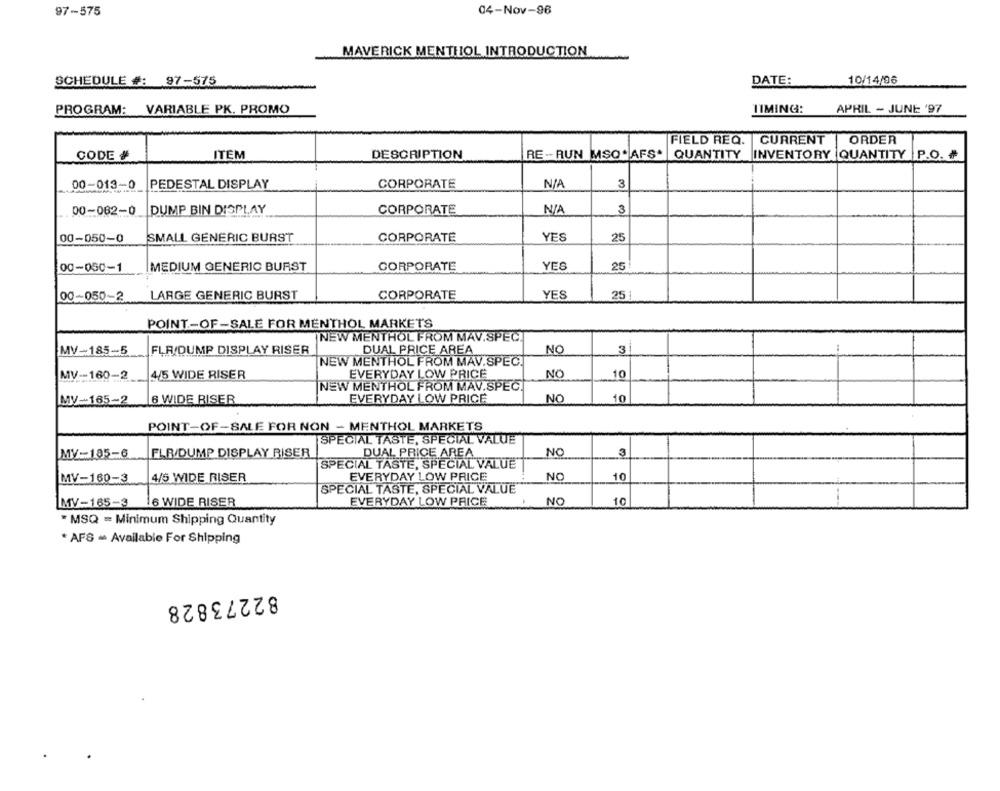
97-575
04-Nov-96
MAVERICK MENTHOL INTRODUCTION
10/14/96
SCHEDULE #: 97-575
DATE:
PROGRAM:
VARIABLE PK. PROMO
TIMING:
APRIL - JUNE '97
FIELD REQ. CURRENT
ORDER
CODE #
ITEM
DESCRIPTION
RE -RUN MSO * AFS*
QUANTITY
INVENTORY QUANTITY
P.O. #
3
00-013-0
PEDESTAL DISPLAY
CORPORATE
00-062-0
DUMP BIN DISPLAY
CORPORATE
3
SMALL GENERIC BURST
YES
25
00-050-0
CORPORATE
00-050-1
MEDIUM GENERIC BURST
CORPORATE
YES
25
00-050-2
LARGE GENERIC BURST
CORPORATE
YES
251
POINT-OF-SALE FOR MENTHOL MARKETS
NEW MENTHOL FROM MAV.SPEC!
FLA DUMP DISPLAY RISER
NO
3
MV-185-5
DUAL PRICE AREA
NEW MENTHOL FROM MAV.SPEC.
NO
MV -- 160-2
4/5 WIDE RISER
EVERYDAY LOW PRICE
10
NEW MENTHOL FROM MAV.SPEC!
MV-165-2
6 WIDE RISER
EVERYDAY LOW PRICE
NO
10
POINT-OF-SALE FOR NON - MENTHOL MARKETS
SPECIAL TASTE, SPECIAL VALUE
DUAL PRICE AREA
NO
3
MY-185-6
FLR/DUMP DISPLAY RISER
SPECIAL TASTE, SPECIAL VALUE
NO
10
MV-160-3
4/5 WIDE RISER
EVERYDAY LOW PRICE
SPECIAL TASTE, SPECIAL VALUE
MV-165-3
16 WIDE RISER
EVERYDAY LOW PRICE
NO
10
" MSQ = Minimum Shipping Quantity
* AFS - Available For Shipping
82273828